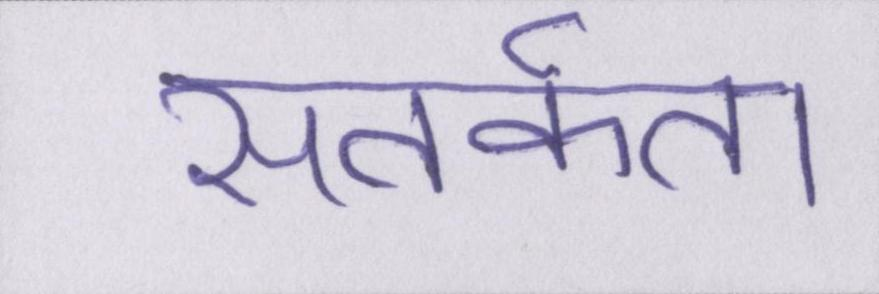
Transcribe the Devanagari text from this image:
सतर्कता